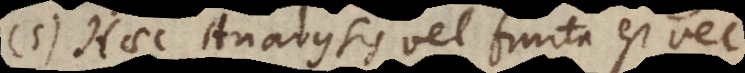
5) Haec Analysis vel finita est vel